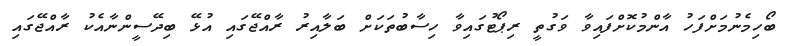
ބޯހިމެނުމަށްފަހު އާންމުކޮށްފައިވާ ވަގުތީ ރިޕޯޓުގައިވާ ހިސާބުތަކަށް ބަލާއިރު ރާއްޖޭގައި އުޅޭ ބިދޭސީންނާއެކު ރާއްޖޭގައި